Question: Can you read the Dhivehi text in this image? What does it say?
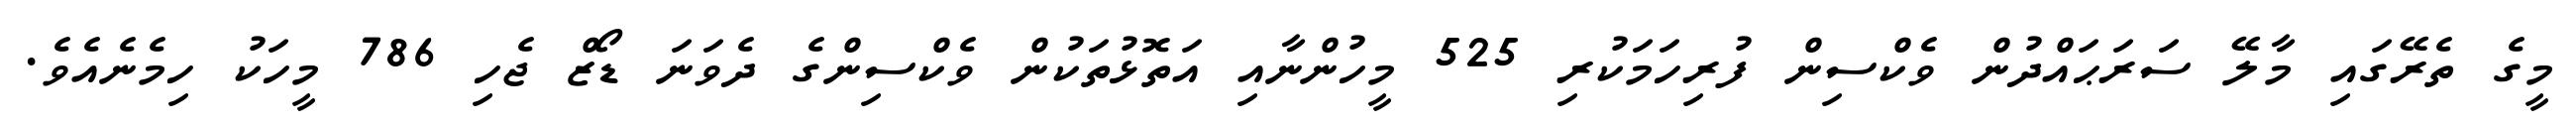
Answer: މީގެ ތެރޭގައި މާލޭ ސަރަޙައްދުން ވެކްސިން ފުރިހަމަކުރި 525 މީހުންނާއި އަތޮޅުތަކުން ވެކްސިންގެ ދެވަނަ ޑޯޒް ޖެހި 786 މީހަކު ހިމެނެއެވެ.